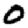
Digit: 0